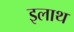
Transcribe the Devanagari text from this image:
इलाथ